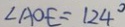
\angle A O E = 1 2 4 ^ { \circ }